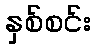
နှစ်စင်း